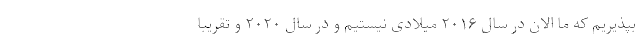
بپذیریم که ما الان در سال ۲۰۱۶ میلادی نیستیم و در سال ۲۰۲۰ و تقریبا